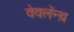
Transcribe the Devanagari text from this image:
वेवलॅन्थ़